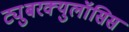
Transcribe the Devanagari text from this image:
ट्युुबरक्युलॉसिस